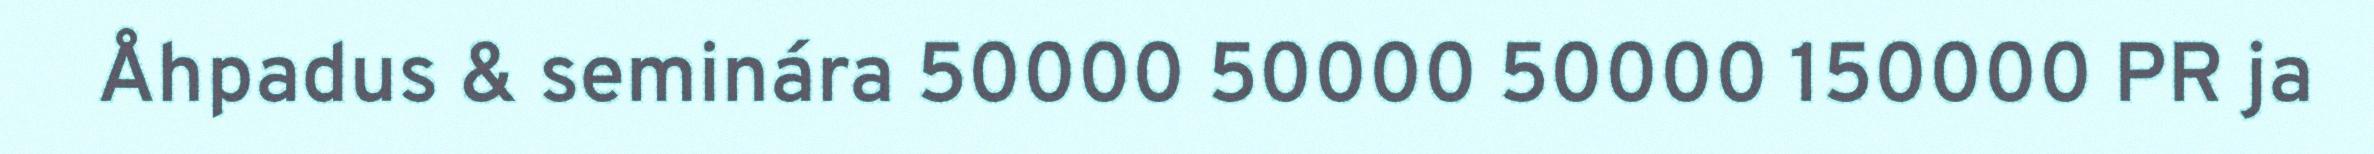
Åhpadus & seminára 50000 50000 50000 150000 PR ja